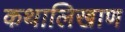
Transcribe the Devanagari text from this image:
कथालिखाण